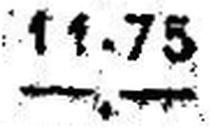
—.—